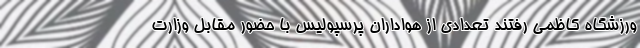
ورزشگاه کاظمی رفتند تعدادی از هواداران پرسپولیس با حضور مقابل وزارت